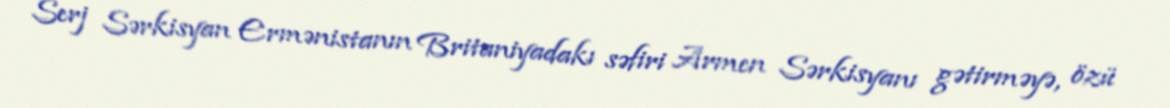
Serj Sərkisyan Ermənistanın Britaniyadakı səfiri Armen Sərkisyanı gətirməyə, özü